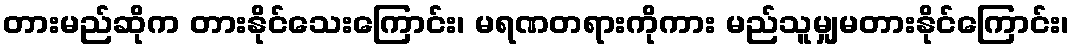
တားမည်ဆိုက တားနိုင်သေးကြောင်း၊ မရဏတရားကိုကား မည်သူမျှမတားနိုင်ကြောင်း၊